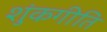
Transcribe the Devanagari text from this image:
शुंकगीति